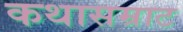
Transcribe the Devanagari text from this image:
कथासम्राट